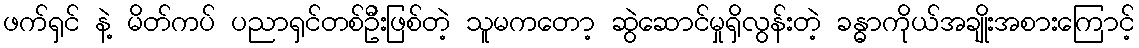
ဖက်ရှင် နဲ့ မိတ်ကပ် ပညာရှင်တစ်ဦးဖြစ်တဲ့ သူမကတော့ ဆွဲဆောင်မှုရှိလွန်းတဲ့ ခန္ဓာကိုယ်အချိုးအစားကြောင့်